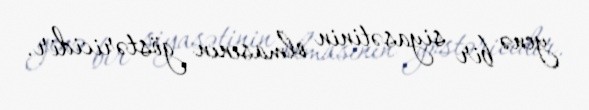
yenə bir siyasətinin olmasının göstəricidir.